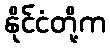
နိုင်ငံတို့က